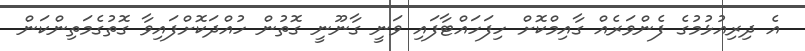
އެ ދިރިއުޅުމުގެ ފެންވަރެއް ގާއިމްކޮށް ހިފަހައްޓާފައި ވަނީ ގާނޫނީ ގޮތުން ހުއްދަކޮށްފައިވާ ގޮތުގެމަތިންކަން